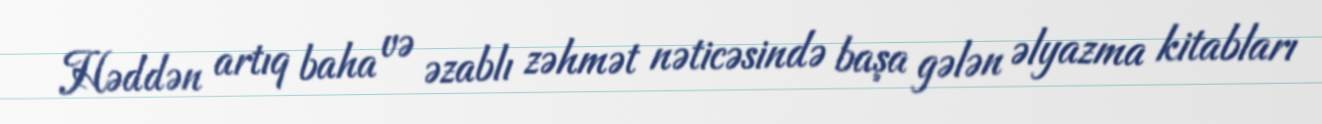
Həddən artıq baha və əzablı zəhmət nəticəsində başa gələn əlyazma kitabları